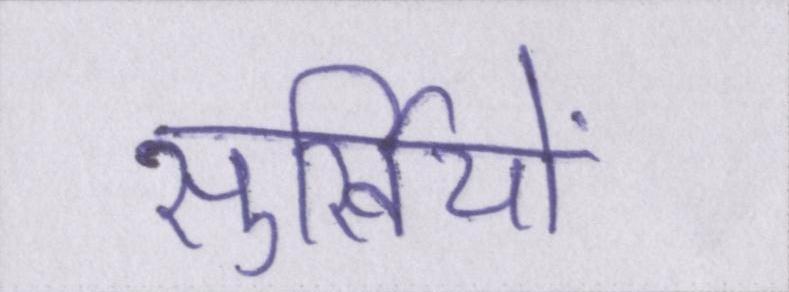
सुर्खियों